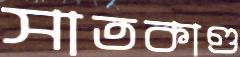
সাতকাণ্ড